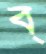
ব্